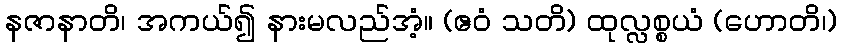
နဇာနာတိ၊ အကယ်၍ နားမလည်အံ့။ (ဧဝံ သတိ) ထုလ္လစ္စယံ (ဟောတိ၊)